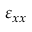
\varepsilon _ { x x }